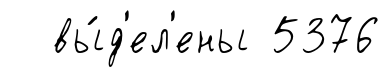
вы́д'ел'ены 5376